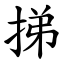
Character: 挮